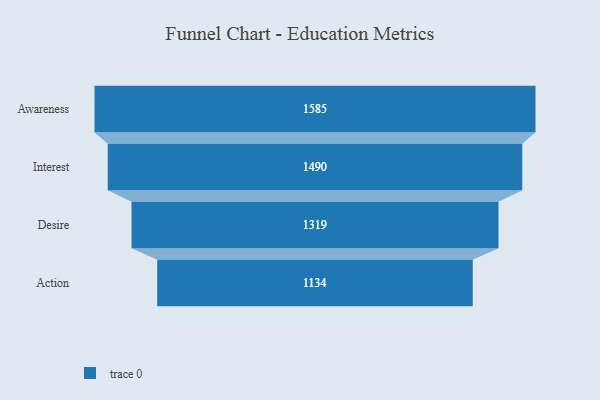
{"axis": {"x": "Stage", "y": "Value"}, "legend": [""], "data": [{"x": "Awareness", "y": 1585.0, "type": ""}, {"x": "Interest", "y": 1490.0, "type": ""}, {"x": "Desire", "y": 1319.0, "type": ""}, {"x": "Action", "y": 1134.0, "type": ""}]}